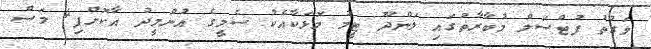
ވަގުތު ފުޓްސަލް މުބާރާތުގައި ލަންދޫ ޓީމު މޮޅަކާއެކު ސެމީގެ އުންމީދު އާކޮށްފި4 މަސް